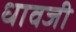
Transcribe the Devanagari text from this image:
धावजी